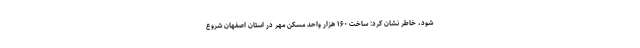
شود، خاطر نشان کرد: ساخت ۱۶۰ هزار واحد مسکن مهر در استان اصفهان شروع